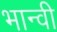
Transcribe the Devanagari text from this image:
भान्वी